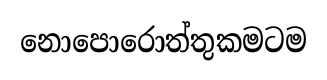
නොපොරොත්තුකමටම